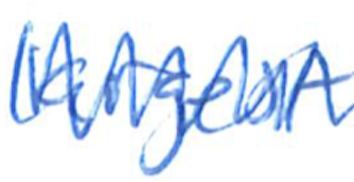
Text: largest
Cross-out: zig-zag
Writing tool: ballpoint